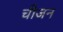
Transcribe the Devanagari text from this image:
चीजन